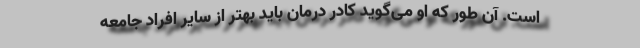
است. آن‌ طور که او می‌گوید کادر درمان باید بهتر از سایر افراد جامعه